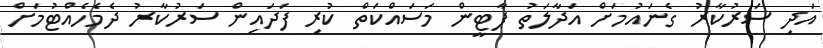
އަދި ސަރުކާރު ގެނައުމަށް އަދާލަތު ޕާޓީން މަސައްކަތް ކުރި ފަދައިން ސަރުކާރު ދެމެހެއްޓުމަށް